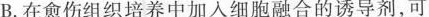
B.在愈伤组织培养中加入细胞融合的诱导剂，可